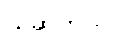
ယူဆတယ်